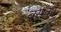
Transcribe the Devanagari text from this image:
बसका